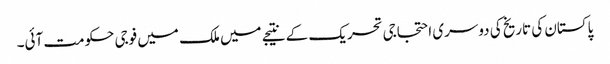
پاکستان کی تاریخ کی دوسری احتجاجی تحریک کے نتیجے میں ملک میں فوجی حکومت آئی۔